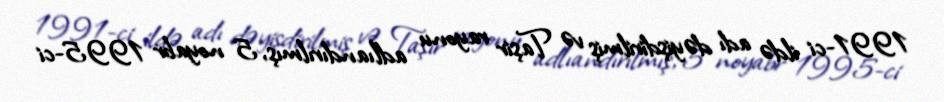
1991-ci ildə adı dəyişdirilmiş və Taşir rayonu adlıandırılmış, 5 noyabr 1995-ci